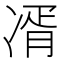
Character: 𭂘